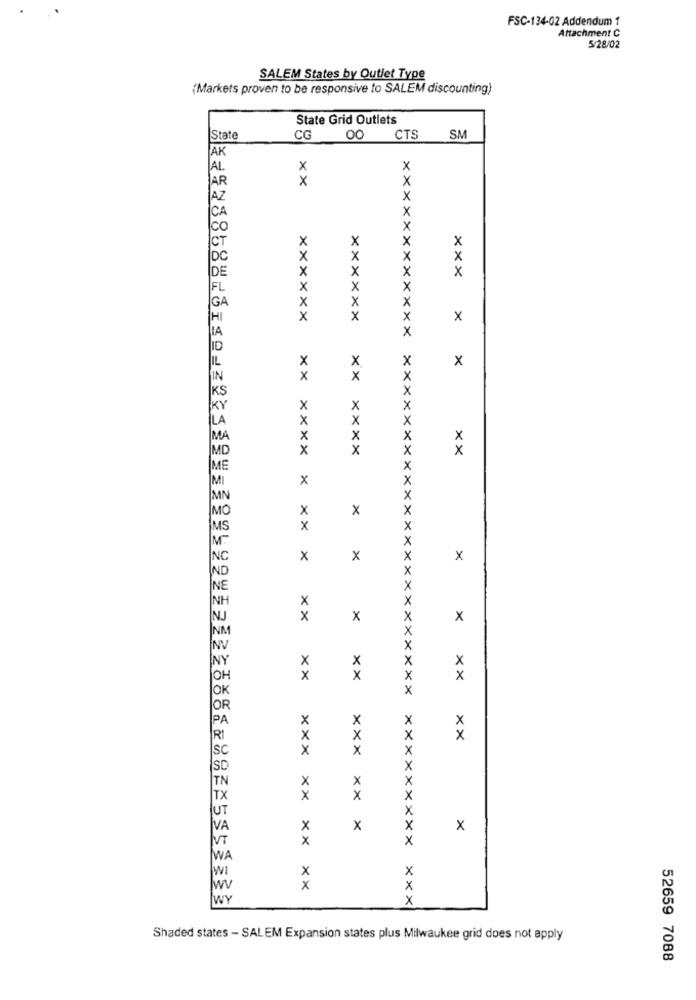
FSC-134-02 Addendum 1
Attachment C
5/28/02
SALEM States by Outlet Type
(Markets proven to be responsive to SALEM discounting)
State Grid Outlets
State
CG
00 CTS SM
AK
AL
x
x
AR
X
x
AZ
CA
X
xxx
×
X
xxxxxx
xxxxxx
x
×
X
x
×
x
xx
XXXX
xx
XXXX
X
MIN
x
×
x
×
×
×
x
x
×
×
x
xx
xx
x
x
xx
X
X
xx
××
x
×
×
x
XXXXXXXXXXXXXXXXXxxxxxxxxxxxxxxx
NA
WI
x
WV
x
NY
xxx
Shaded states - SALEM Expansion states plus Milwaukee grid does not apply
52659 7088